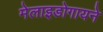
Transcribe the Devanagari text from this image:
मेलाइडोगायने